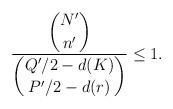
LaTeX: \begin{align*} \frac{\displaystyle \binom{N'}{n'}} {\displaystyle \binom{Q'/2-d(K)}{P'/2-d(r)}} \leq 1. \end{align*}